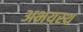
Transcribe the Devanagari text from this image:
अभयस्थ